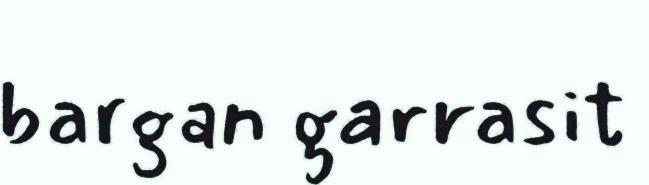
bargan garrasit